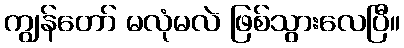
ကျွန်တော် မလုံမလဲ ဖြစ်သွားလေပြီ။